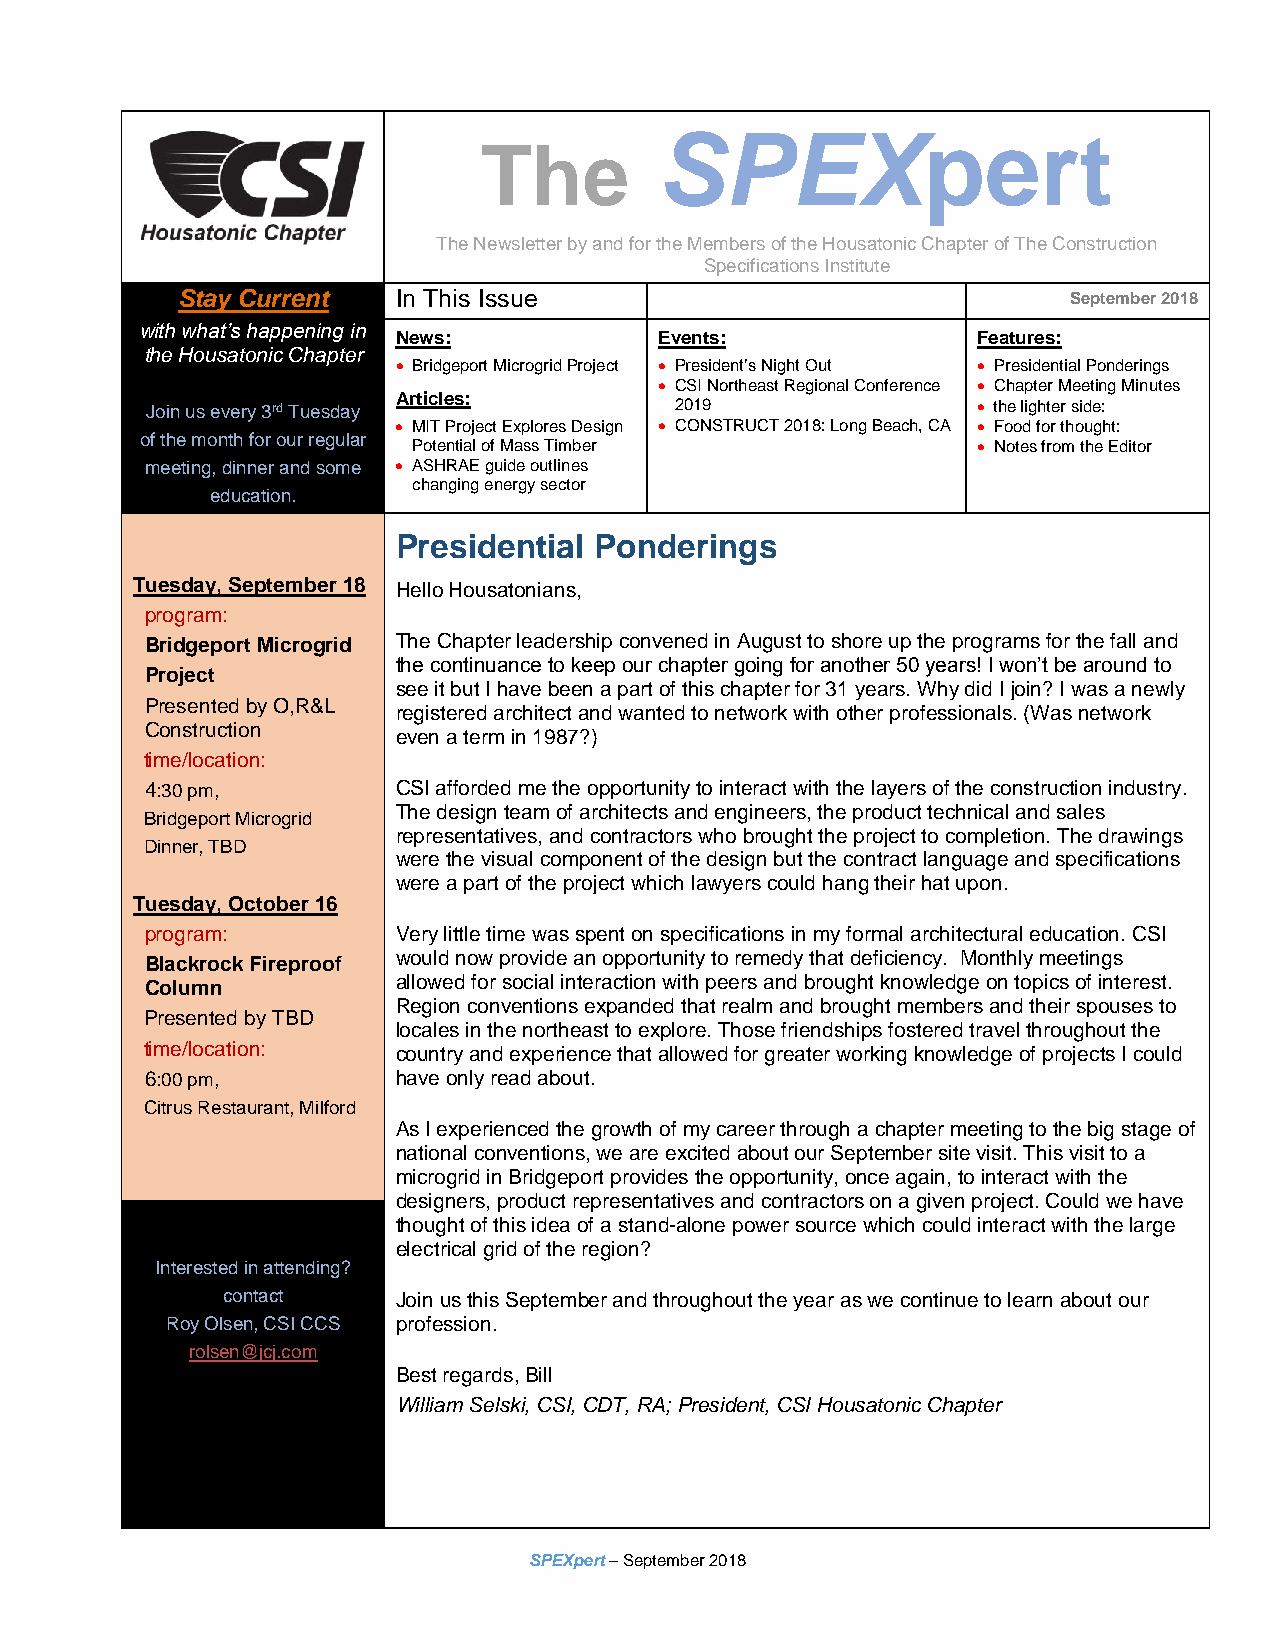
SPEXpert
 The
 The Newsletter by and for the Members of the Housatonic Chapter of The Construction
 Specifications Institute
 Stay Current  In This Issue                                September 2018
 with what’s happening in
 News:             Events:              Features:
 the Housatonic Chapter
 • Bridgeport Microgrid Project • President’s Night Out • Presidential Ponderings
 • CSI Northeast Regional Conference • Chapter Meeting Minutes
 Articles:
 Join us every 3rd Tuesday          2019                • the lighter side:
 • MIT Project Explores Design • CONSTRUCT 2018: Long Beach, CA • Food for thought:
 of the month for our regular
 Potential of Mass Timber              • Notes from the Editor
 meeting, dinner and some • ASHRAE guide outlines
 education.
 changing energy sector
 Presidential Ponderings
 Tuesday, September 18 Hello Housatonians,
 program:
 Bridgeport Microgrid The Chapter leadership convened in August to shore up the programs for the fall and
 the continuance to keep our chapter going for another 50 years! I won’t be around to
 Project
 see it but I have been a part of this chapter for 31 years. Why did I join? I was a newly
 Presented by O,R&L
 registered architect and wanted to network with other professionals. (Was network
 Construction
 even a term in 1987?)
 time/location:
 4:30 pm,        CSI afforded me the opportunity to interact with the layers of the construction industry.
 The design team of architects and engineers, the product technical and sales
 Bridgeport Microgrid
 representatives, and contractors who brought the project to completion. The drawings
 Dinner, TBD
 were the visual component of the design but the contract language and specifications
 were a part of the project which lawyers could hang their hat upon.
 Tuesday, October 16
 program:        Very little time was spent on specifications in my formal architectural education. CSI
 Blackrock Fireproof would now provide an opportunity to remedy that deficiency. Monthly meetings
 Column          allowed for social interaction with peers and brought knowledge on topics of interest.
 Region conventions expanded that realm and brought members and their spouses to
 Presented by TBD
 locales in the northeast to explore. Those friendships fostered travel throughout the
 time/location:  country and experience that allowed for greater working knowledge of projects I could
 6:00 pm,        have only read about.
 Citrus Restaurant, Milford
 As I experienced the growth of my career through a chapter meeting to the big stage of
 national conventions, we are excited about our September site visit. This visit to a
 microgrid in Bridgeport provides the opportunity, once again, to interact with the
 designers, product representatives and contractors on a given project. Could we have
 thought of this idea of a stand-alone power source which could interact with the large
 electrical grid of the region?
 Interested in attending?
 contact    Join us this September and throughout the year as we continue to learn about our
 Roy Olsen, CSI CCS profession.
 rolsen@jcj.com
 Best regards, Bill
 William Selski, CSI, CDT, RA; President, CSI Housatonic Chapter
 SPEXpert – September 2018